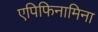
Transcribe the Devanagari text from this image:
एपिफिनामिना